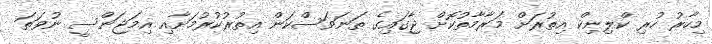
މިހާރު ހުރި ކްލިނިކް އިތުރަށް މަރާމާތުކޮށް ޖާގައިގެ ތަނަވަސްކަން އިތުރުކުރުމަށާއި އިމަޖަންސީ ނުވަތަ